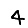
Digit: 4